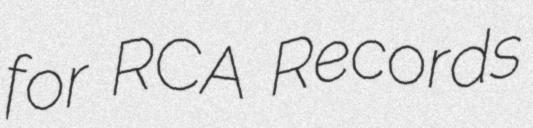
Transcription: for RCA Records